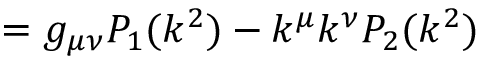
= g _ { \mu \nu } P _ { 1 } ( k ^ { 2 } ) - k ^ { \mu } k ^ { \nu } P _ { 2 } ( k ^ { 2 } )